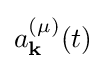
a_{\mathbf {k} }^{(\mu )}(t)